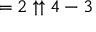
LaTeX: = 2 \uparrow \uparrow 4 - 3